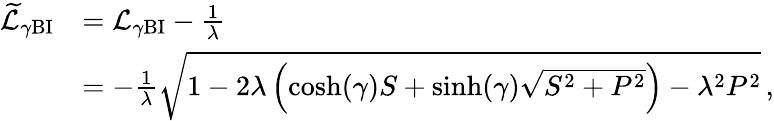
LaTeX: \begin{array}{rl}{\widetilde{\mathcal{L}}_{\gamma\mathrm{BI}}}&{=\mathcal{L}_{\gamma\mathrm{BI}}-\frac{1}{\lambda}}\\ &{=-\frac{1}{\lambda}\sqrt{1-2\lambda\left(\cosh(\gamma)S+\sinh(\gamma)\sqrt{S^{2}+P^{2}}\right)-\lambda^{2}P^{2}}\, ,}\end{array}